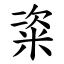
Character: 粢